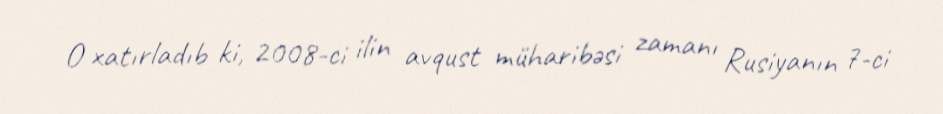
O xatırladıb ki, 2008-ci ilin avqust müharibəsi zamanı Rusiyanın 7-ci